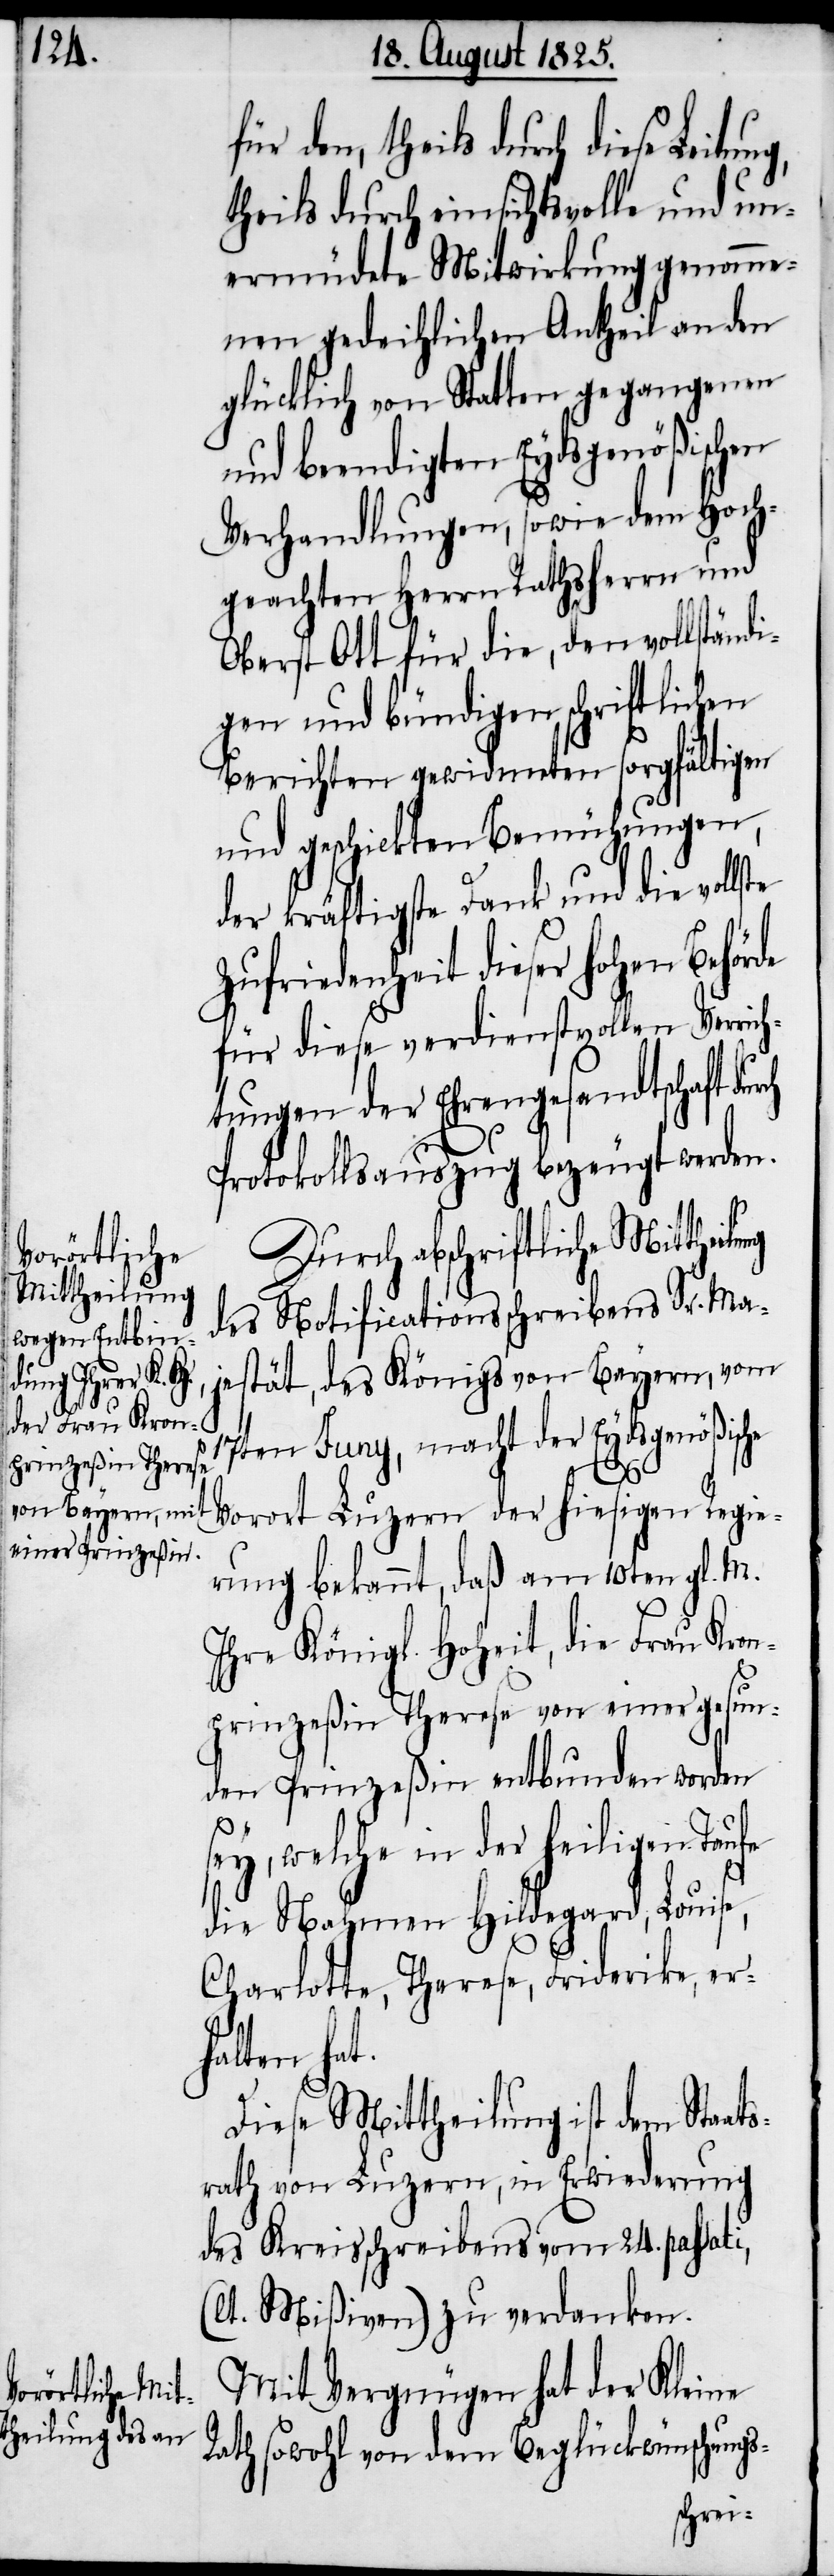
für den, theils durch diese
theils durch einsichtsvolle und un¬
ermüdete Mitwirkung genomme¬
nen gedeihlichen Antheil an den
glücklich von Statten gegangenen
und beendigten Eydsgenößischen
Verhandlungen, sowie dem Hoch¬
geachten Herrn Rathsherrn und
Oberst Ott für die, den vollständi¬
gen und bündigen schriftlichen
Berichten gewidmeten sorgfältigen
und geschickten Bemühungen,
der kräftigste Dank und die volls¬
Zufriedenheit dieser hohen Behör¬
für diese verdienstvollen Verrich¬
tungen der Ehrengesandtschaft dur¬
Protokollsauszug bezeugt werden.
de
Durch abschriftliche Mittheilung
des Notificationsschreibens Sr. Ma¬
jestät, des Königs von Bayern, vom
17ten Juny, macht der Eydsgenößische
ch
Vorort Luzern der hiesigen Regie¬
rung bekannt, daß am 10ten gl. M.
Ihre Königl. Hoheit, die Frau Kron¬
prinzeßin Therese von einer gesun¬
den Prinzeßin entbunden worden
sey, welche in der heiligen Taufe
die Nahmen Hildegard, Louise,
Charlotte, Therese, Friderike, er¬
halten hat.
Diese Mittheilung ist dem Staat¬
srath von Luzern, in Erwiederung
des Kreisschreibens vom 24. passati,
(lt. Mißiven) zu verdanken.
Mit Vergnügen hat der Kleine
Rath sowohl von dem Beglückwünschungs-